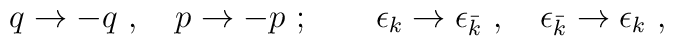
q\rightarrow -q \ , \quad p\rightarrow -p \ ;  \qquad \epsilon_{k} \rightarrow\epsilon_{\bar k} \ , \quad \epsilon_{\bar k} \rightarrow\epsilon_{ k} \ ,